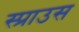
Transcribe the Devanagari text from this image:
स्प्राउस